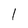
Character: 1